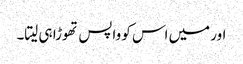
اور میں اس کو واپس تھوڑا ہی لیتا۔